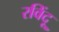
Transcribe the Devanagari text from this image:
रविंदू